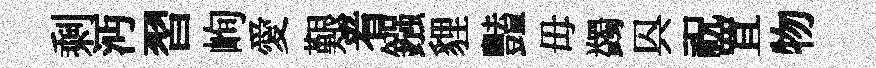
剩沔習峋愛艱㸔鏹貍豔毋蠲㒷祝罝物